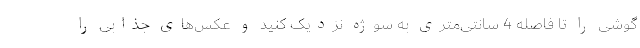
گوشی را تا فاصله 4 سانتی‌متری به سوژه نزدیک کنید و عکس‌های جذابی را